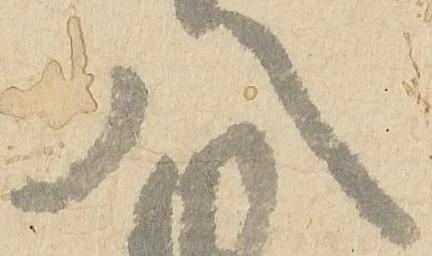
八